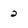
Character: 2